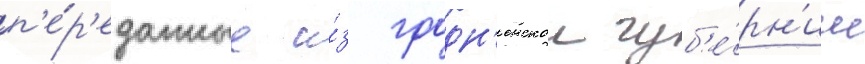
п'е́р'еданные и́з гродн'енскои губ'е́рн'ии